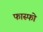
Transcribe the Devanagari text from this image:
फास्फो